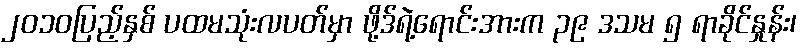
၂၀၁၀ပြည့်နှစ် ပထမသုံးလပတ်မှာ ဖို့ဒ်ရဲ့ရောင်းအားက ၃၉ ဒသမ ၅ ရာခိုင်နှုန်း၊